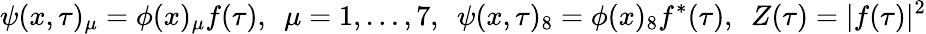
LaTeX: \psi(x,\tau)_{\mu}=\phi(x)_{\mu}f(\tau),\ \ \mu=1,\dots,7,\ \ \psi(x,\tau)_{8}=\phi(x)_{8}f^{*}(\tau),\ \ Z(\tau)=|f(\tau)|^{2}